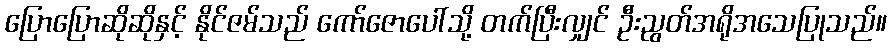
ပြောပြောဆိုဆိုနှင့် နိုင်ဇမ်သည် ကော်ဇောပေါ်သို့ တက်ပြီးလျှင် ဦးညွတ်အရိုအသေပြုသည်။